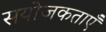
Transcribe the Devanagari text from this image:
सयोजकताएँ